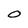
Character: 0